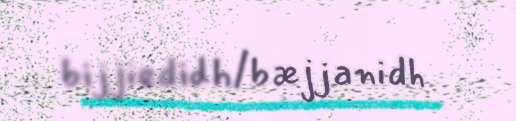
bijjiedidh/bæjjanidh